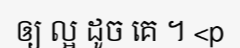
ឲ្យ ល្អ ដូច គេ ។ <p